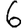
Digit: 6